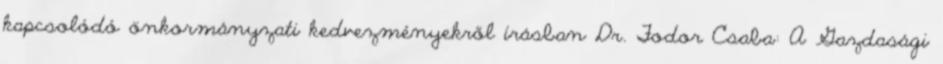
kapcsolódó önkormányzati kedvezményekről írásban Dr. Fodor Csaba: A Gazdasági